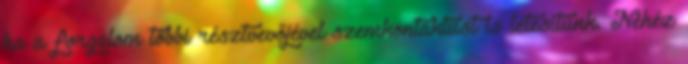
ha a forgalom többi résztvevőjével szemkontaktust is létesítünk. Nehéz